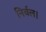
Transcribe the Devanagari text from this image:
निर्बल।